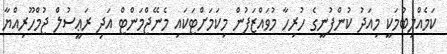
ކަމެއްލިބުމަކީ މިއަދު ކުންފުނީގެ ހުރިހާ މުވައްޒަފުން މިކަމަށްޓަކައި މެނޭޖްމަންޓް އަދި ރަޢީސުލް ޖުމްހޫރިއްޔާ